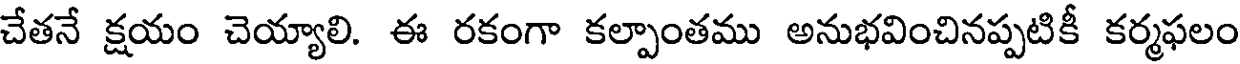
చేతనే క్షయం చెయ్యాలి. ఈ రకంగా కల్పాంతము అనుభవించినప్పటికీ కర్మఫలం